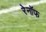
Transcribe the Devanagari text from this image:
रेनॉफ